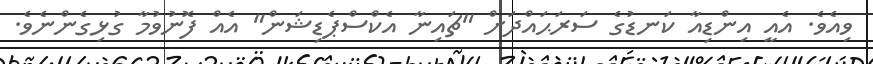
ވިއެވެ. އެއީ އިންޑިއާ ކަނޑުގެ ސަރަޙައްދަށް "ޗައިނާ އެކްސްޕެޑިޝަން" އެއް ފޮނުވުމާ ގުޅިގެންނެވެ.